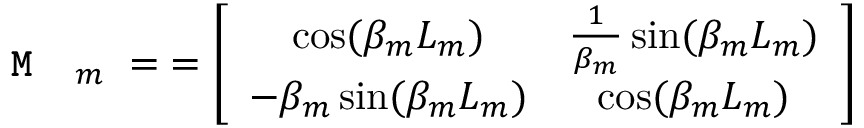
\texttt { \textbf { M } } _ { m } \; = \; = \left[ \begin{array} { c c } { \cos ( \beta _ { m } L _ { m } ) } & { \frac { 1 } { \beta _ { m } } \sin ( \beta _ { m } L _ { m } ) } \\ { - \beta _ { m } \sin ( \beta _ { m } L _ { m } ) } & { \cos ( \beta _ { m } L _ { m } ) } \end{array} \right]